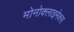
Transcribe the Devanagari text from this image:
मोनोक्लाइमेक्स